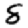
Digit: 8